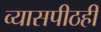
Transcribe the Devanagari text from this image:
व्यासपीठही